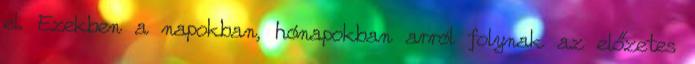
el. Ezekben a napokban, hónapokban arról folynak az előzetes